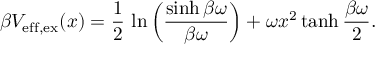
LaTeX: \beta V _ { \mathrm { e f f , e x } } ( x ) = \frac { 1 } { 2 } \, \ln \left( \frac { \sinh \beta \omega } { \beta \omega } \right) + \omega x ^ { 2 } \operatorname { t a n h } \frac { \beta \omega } { 2 } .